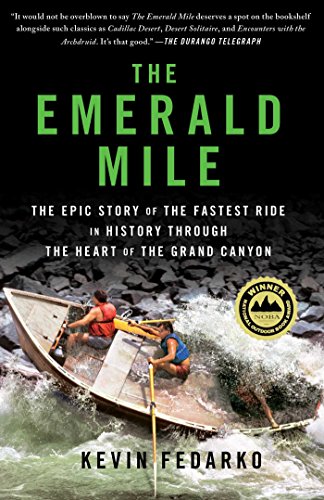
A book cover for The Emerald Mile: The Epic Story of the Fastest Ride in History Through the Heart of the Grand Canyon; Kevin Fedarko; Biographies & Memoirs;